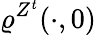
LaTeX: \varrho^{Z^{t}}(\cdot,0)